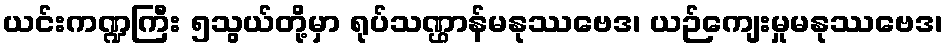
ယင်းကဏ္ဍကြီး ၅သွယ်တို့မှာ ရုပ်သဏ္ဌာန်မနုဿဗေဒ၊ ယဉ်ကျေးမှုမနုဿဗေဒ၊